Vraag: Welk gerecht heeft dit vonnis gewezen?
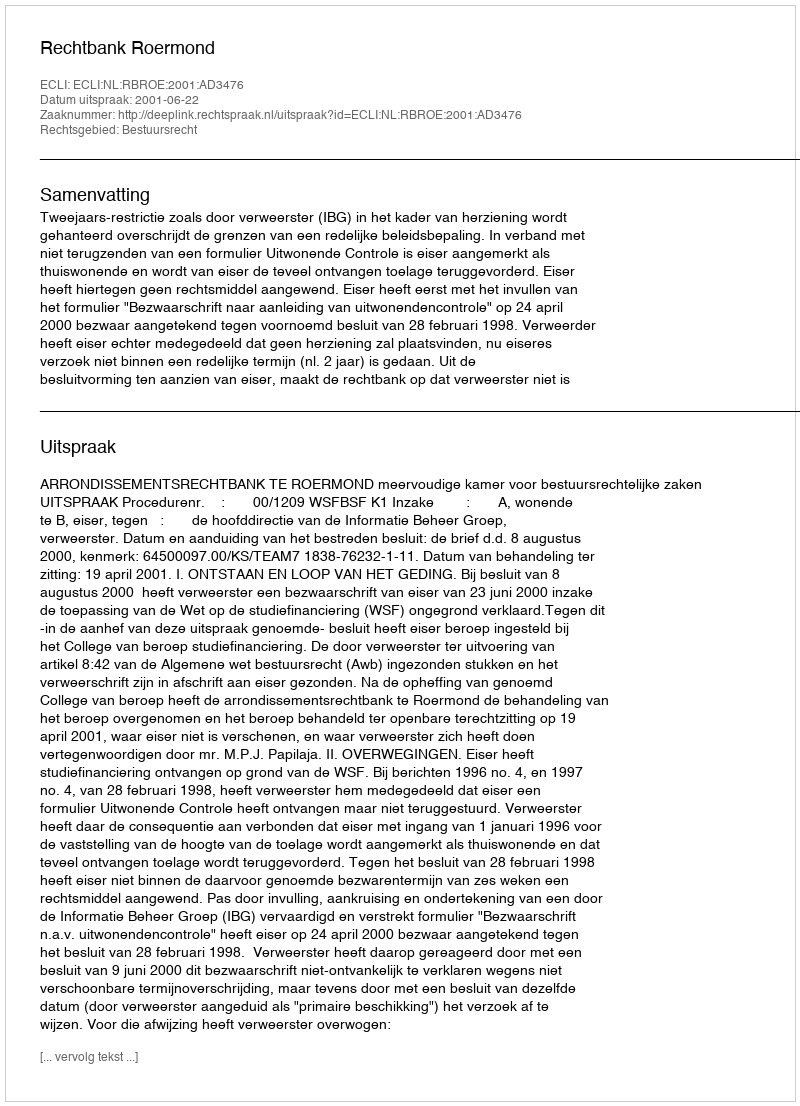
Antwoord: Rechtbank Roermond